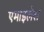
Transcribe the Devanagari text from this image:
एमाइलेस